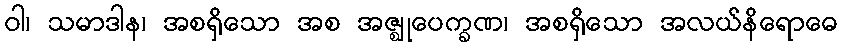
ဝါ၊ သမာဒါန၊ အစရှိသော အစ အဇ္ဈုပေက္ခဏ၊ အစရှိသော အလယ်နိရောဓေ